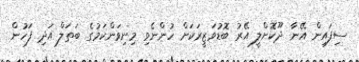
ސިފައިން އޭނާ ދޫކޮށްލީ އޭރު ބޮޑުވަޒީރަކަށް ހުންނެވި މިނިވަންކަމުގެ ބަތަލް އަދި ފަހުން